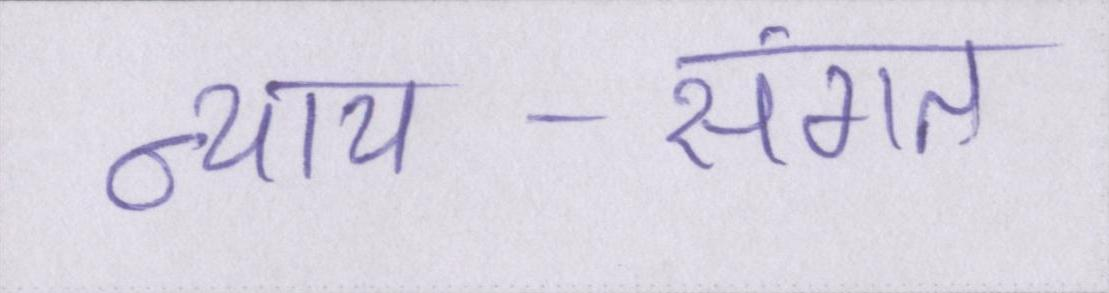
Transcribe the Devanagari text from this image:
न्याय-संगत